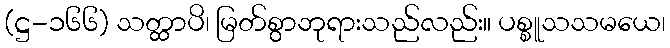
(ဋ္ဌ-၁၆၆) သတ္ထာပိ၊ မြတ်စွာဘုရားသည်လည်း။ ပစ္စူသသမယေ၊